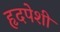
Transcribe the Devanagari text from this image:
हृदपेशी